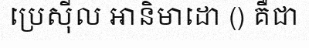
ប្រេស៊ីល អានិមាដោ () គឺជា